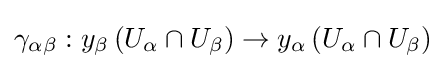
\gamma _{\alpha \beta }:y_{\beta }\left(U_{\alpha }\cap U_{\beta }\right)\rightarrow y_{\alpha }\left(U_{\alpha }\cap U_{\beta }\right)